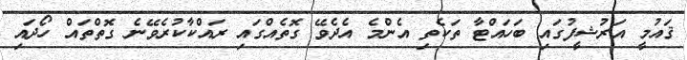
ޤައުމީ އަރުޝީފުގައި ބަހައްޓާ ތަކެތި އެންމެ އެދެވޭ ގޮތެއްގައި ރައްކާކުރެވޭނެ ގޮތްތައް ހޯދައި